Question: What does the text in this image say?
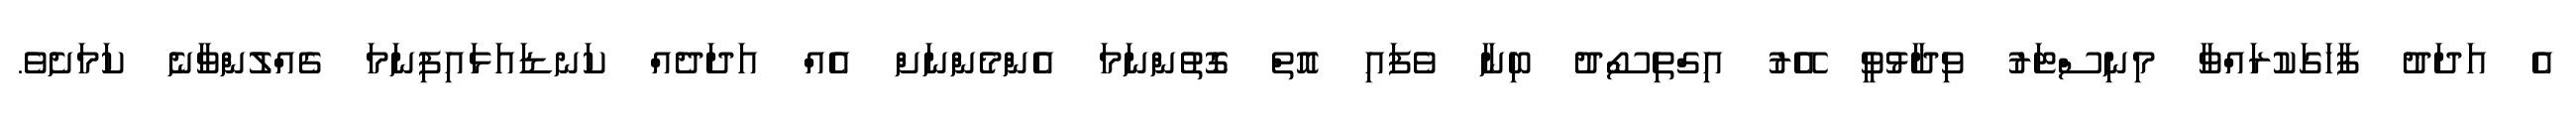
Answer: އެ އަދަދު ފާހަގަކުރައްވާ މިނިސްޓަރު ވިދާޅުވީ އޭރު އިގްތިސޯދު ބިނާ ވެފައި އޮތް ގޮތުންނަމަ އެންމެންނަށް އެއް އަދަދެއް ކަނޑައަޅައިފިނަމަ ގެއްލުންވާނެ ކަމަށެވެ.